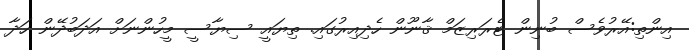
އިންތި:އޭރުވެސް ބުނިން ޓެރަރިޒަމް ޤާނޫން ހެދިއިރުގައި. ތިޔައީ ސިޔާސީ މީހުންނަށް އަދަބުދޭން ހަދާ